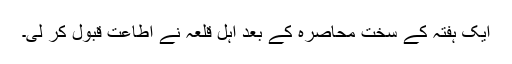
ایک ہفتہ کے سخت محاصرہ کے بعد اہل قلعہ نے اطاعت قبول کر لی۔